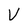
Character: V